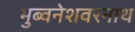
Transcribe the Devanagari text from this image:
भुब्वनेशवरनाथ